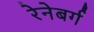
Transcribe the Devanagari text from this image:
रेनेबर्ग